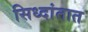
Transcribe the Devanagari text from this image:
सिध्दांतात